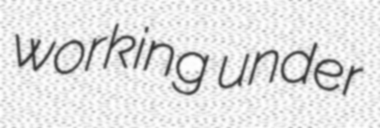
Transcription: working under